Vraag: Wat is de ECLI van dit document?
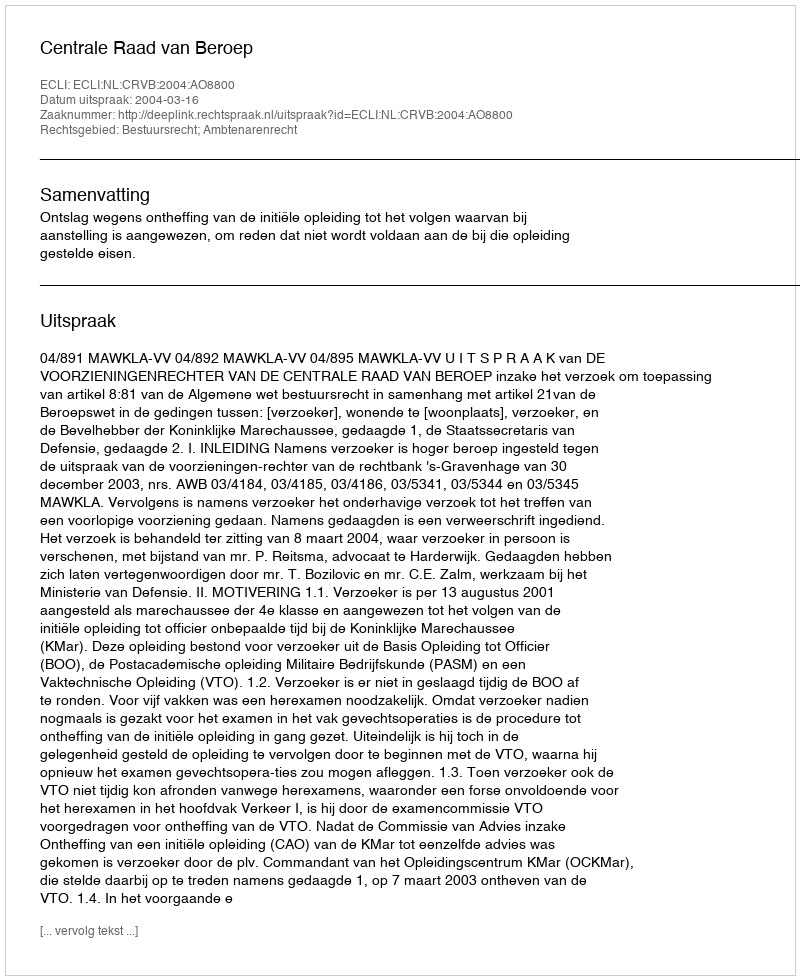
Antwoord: ECLI:NL:CRVB:2004:AO8800